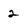
Character: 2